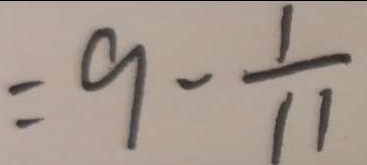
= 9 - \frac { 1 } { 1 1 }